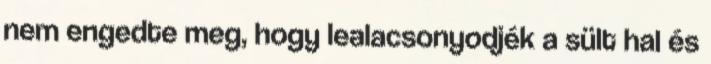
nem engedte meg, hogy lealacsonyodjék a sült hal és